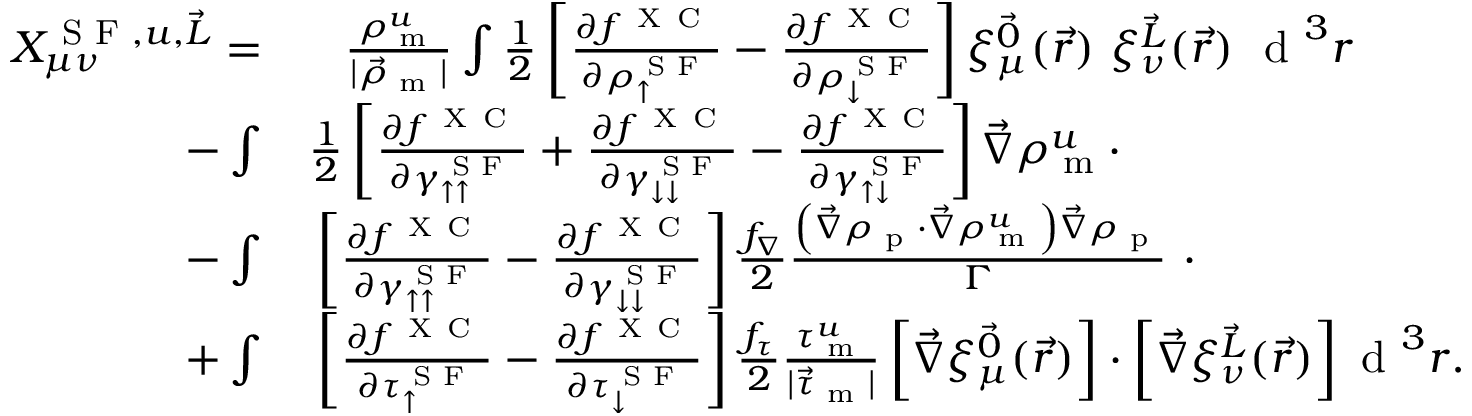
\begin{array} { r l } { X _ { \mu \nu } ^ { \textrm { S F } , u , \vec { L } } = } & { { } \phantom { + } \frac { \rho _ { \textrm { m } } ^ { u } } { | \vec { \rho } _ { \textrm { m } } | } \int \frac { 1 } { 2 } \left[ \frac { \partial f ^ { \mathrm { ~ X ~ C ~ } } } { \partial \rho _ { \uparrow } ^ { \textrm { S F } } } - \frac { \partial f ^ { \mathrm { ~ X ~ C ~ } } } { \partial \rho _ { \downarrow } ^ { \textrm { S F } } } \right] \xi _ { \mu } ^ { \vec { 0 } } ( \vec { r } ) ~ \xi _ { \nu } ^ { \vec { L } } ( \vec { r } ) ~ \textrm { d } ^ { 3 } r } \\ { - \int } & { { } \frac { 1 } { 2 } \left[ \frac { \partial f ^ { \mathrm { ~ X ~ C ~ } } } { \partial \gamma _ { \uparrow \uparrow } ^ { \textrm { S F } } } + \frac { \partial f ^ { \mathrm { ~ X ~ C ~ } } } { \partial \gamma _ { \downarrow \downarrow } ^ { \textrm { S F } } } - \frac { \partial f ^ { \mathrm { ~ X ~ C ~ } } } { \partial \gamma _ { \uparrow \downarrow } ^ { \textrm { S F } } } \right] \vec { \nabla } \rho _ { \textrm { m } } ^ { u } \cdot } \\ { - \int } & { { } \left[ \frac { \partial f ^ { \mathrm { ~ X ~ C ~ } } } { \partial \gamma _ { \uparrow \uparrow } ^ { \textrm { S F } } } - \frac { \partial f ^ { \mathrm { ~ X ~ C ~ } } } { \partial \gamma _ { \downarrow \downarrow } ^ { \textrm { S F } } } \right] \frac { f _ { \nabla } } { 2 } \frac { \left( \vec { \nabla } \rho _ { \textrm { p } } \cdot \vec { \nabla } \rho _ { \textrm { m } } ^ { u } \right) \vec { \nabla } \rho _ { \textrm { p } } } { \Gamma } ~ \cdot } \\ { + \int } & { { } \left[ \frac { \partial f ^ { \mathrm { ~ X ~ C ~ } } } { \partial \tau _ { \uparrow } ^ { \textrm { S F } } } - \frac { \partial f ^ { \mathrm { ~ X ~ C ~ } } } { \partial \tau _ { \downarrow } ^ { \textrm { S F } } } \right] \frac { f _ { \tau } } { 2 } \frac { \tau _ { \textrm { m } } ^ { u } } { | \vec { \tau } _ { \textrm { m } } | } \left[ \vec { \nabla } \xi _ { \mu } ^ { \vec { 0 } } ( \vec { r } ) \right] \cdot \left[ \vec { \nabla } \xi _ { \nu } ^ { \vec { L } } ( \vec { r } ) \right] \textrm { d } ^ { 3 } r . } \end{array}